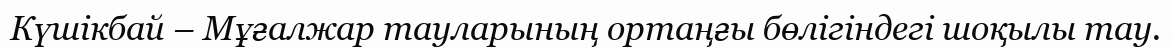
Күшікбай – Мұғалжар тауларының ортаңғы бөлігіндегі шоқылы тау.